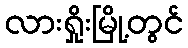
လားရှိုးမြို့တွင်